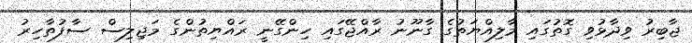
ޖާބިރު ވިދާޅުވި ގޮތުގައި މާލިއްޔަތުގެ ގާނޫނު ރާއްޖޭގައި ހިންގޭނީ ރައްޔިތުންގެ މަޖިލިސް ސާފުތާހިރު